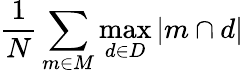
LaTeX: {\frac{1}{N}}\sum_{m\in M}\operatorname*{max}_{d\in D}{|m\cap d|}